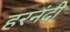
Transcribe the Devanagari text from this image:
हरनंदी